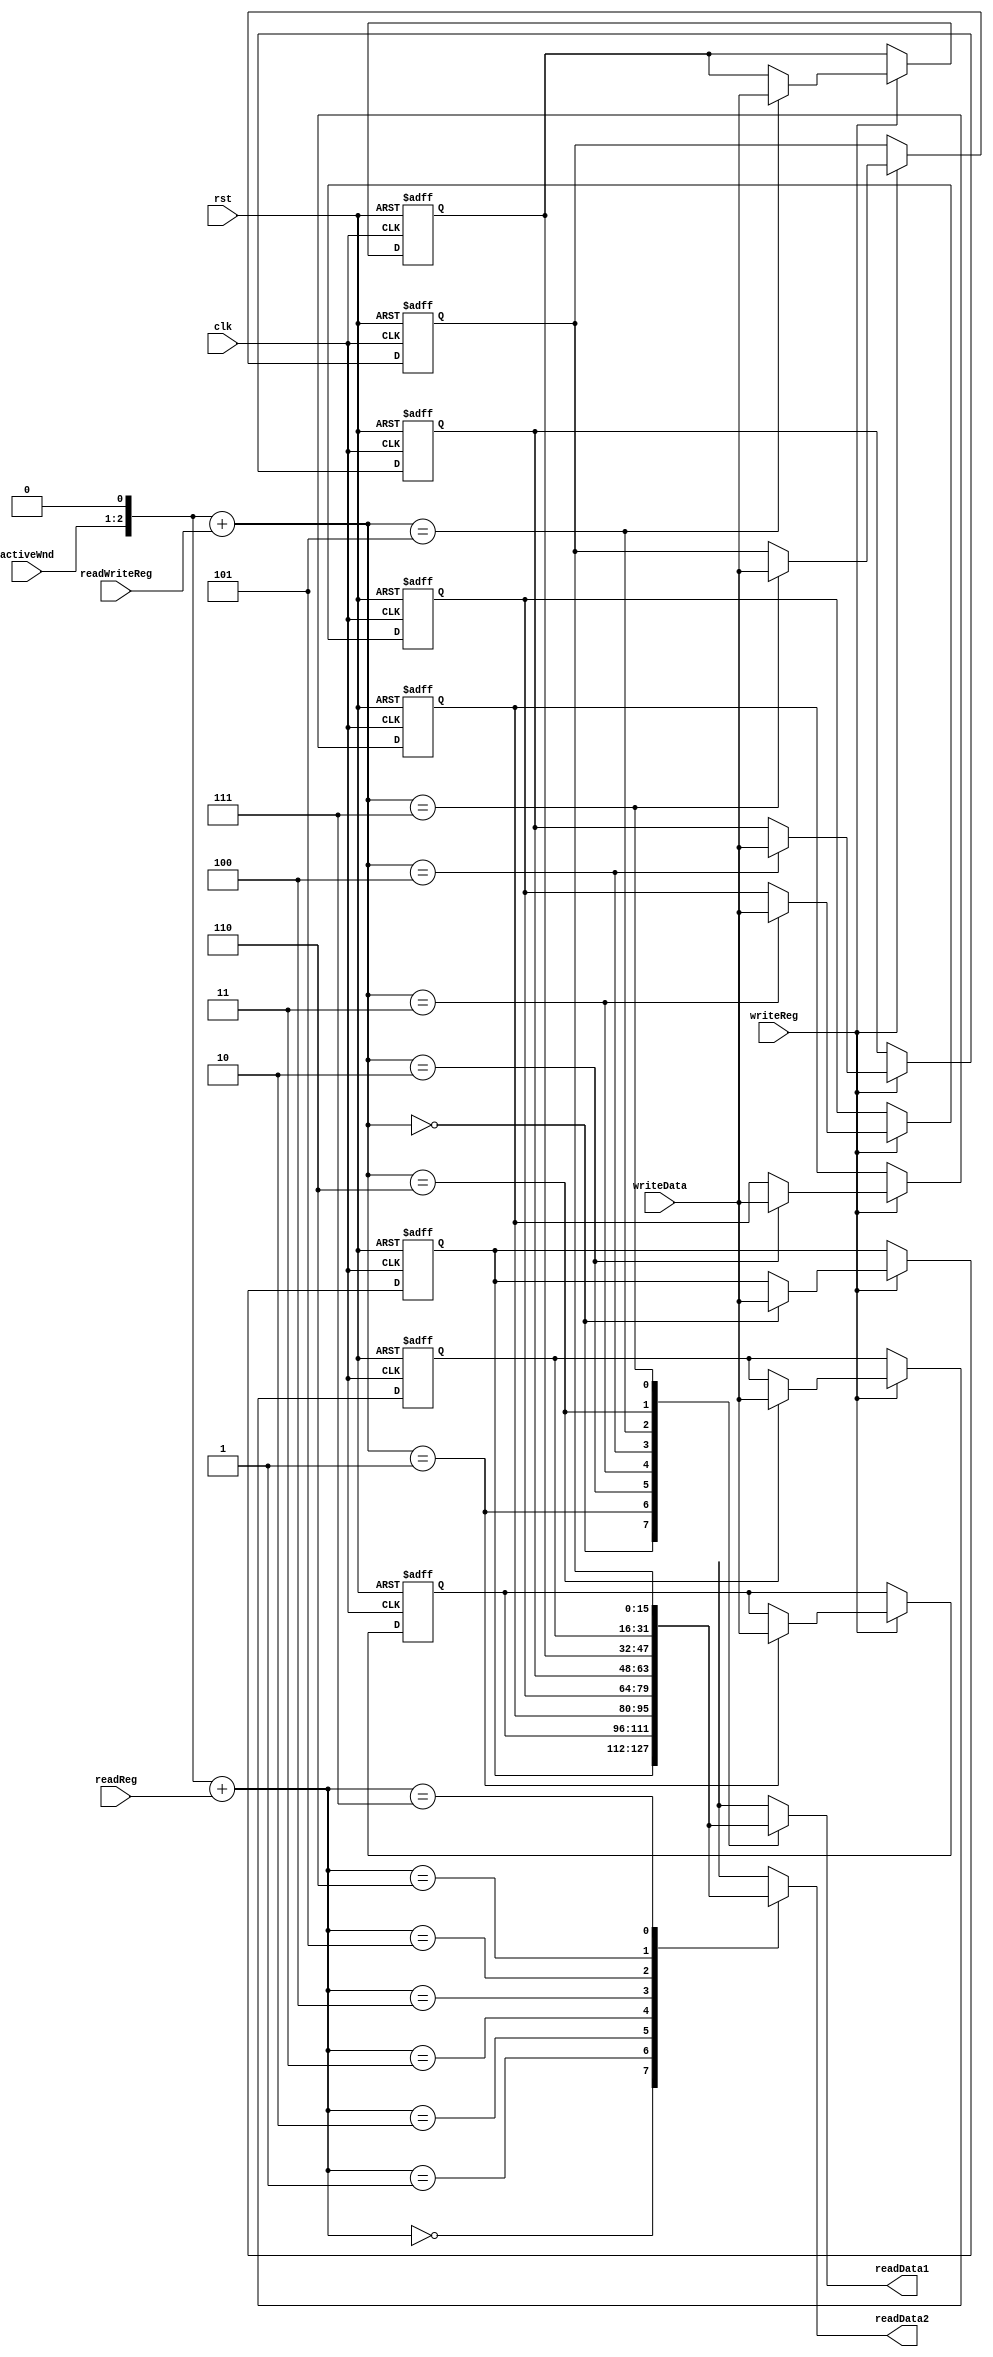
`timescale 1ns/1ns
module RegFile(input [1: 0] readWriteReg, readReg, activeWnd, input [15: 0] writeData, input writeReg, clk, rst, 
                output [15:0] readData1, readData2);

  reg [15: 0] registers [0: 7];
 /* initial begin
    #700;
    registers[1] = 2;
    registers[2] = 3;
  end*/
  
  assign readData1 = registers[{activeWnd, 1'b0} + {1'b0, readWriteReg}];
  assign readData2 = registers[{activeWnd, 1'b0} + {1'b0, readReg}];
  
  integer i;
  
  always @(posedge clk, posedge rst) begin
    if(rst) begin
      for(i = 0; i < 8; i = i + 1)
        registers[i] = 16'b0;
    end
    else begin
      $display("here");
      if(writeReg)
      begin
        $display("there");
        registers[{activeWnd, 1'b0} + {1'b0, readWriteReg}] <= writeData;
      end
    end
      
  end
                
endmodule